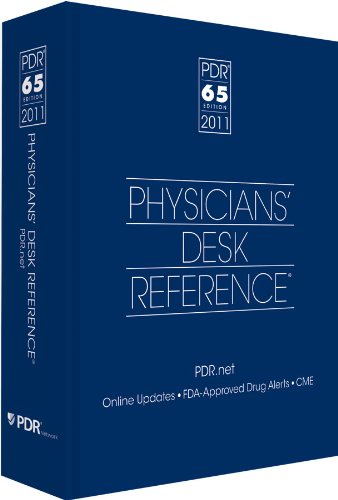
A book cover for Physicians' Desk Reference 2011; PDR (Physicians' Desk Reference) Staff; Medical Books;